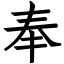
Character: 奉